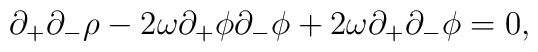
\partial_+\partial_-\rho - 2\omega\partial_+\phi\partial_-\phi +2\omega\partial_+\partial_-\phi = 0,